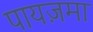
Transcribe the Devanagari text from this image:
पायज़मा